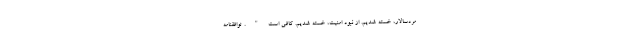
مردسالار، خسته شدیم. از نبود امنیت، خسته شدیم. کافی است". توافقنامه